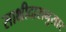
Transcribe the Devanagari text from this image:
साक्षीदारानुसार